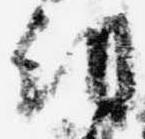
朝